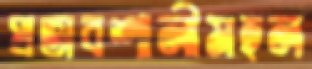
প্রভাবশালীমহল